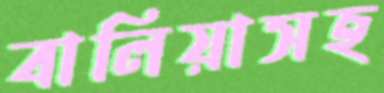
বালিয়াসহ